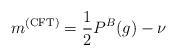
LaTeX: \begin{align*} m^{(\textrm{CFT})} = \frac{1}{2}P^B(g) - \nu\end{align*}